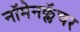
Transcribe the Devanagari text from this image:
नॉमेनक्लॅचर